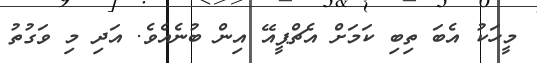
މީހަކު އެބަ ތިބި ކަމަށް އެޗްޕީއޭ އިން ބުނެއެވެ. އަދި މި ވަގުތު